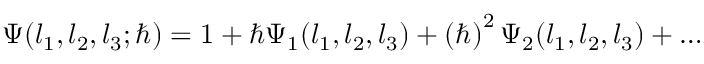
\Psi ( l _ { 1 } , l _ { 2 } , l _ { 3 } ; \hbar ) = 1 + { \hbar } \Psi _ { 1 } ( l _ { 1 } , l _ { 2 } , l _ { 3 } ) + \left( \hbar \right) ^ { 2 } \Psi _ { 2 } ( l _ { 1 } , l _ { 2 } , l _ { 3 } ) + \ldots